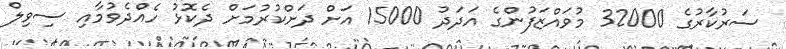
ސަރުކާރުގެ 32000 މުވައްޒަފުންގެ އަދަދު 15000 އަށް ދަށްކުރުމަށް ދެކޮޅު ހެއްދެވުމާއި ސިވިލް